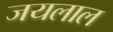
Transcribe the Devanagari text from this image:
जयलाल